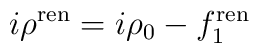
i\rho^{{\mbox{\scriptsize ren}}} = i\rho_0 - f_1^{{\mbox{\scriptsize ren}}}